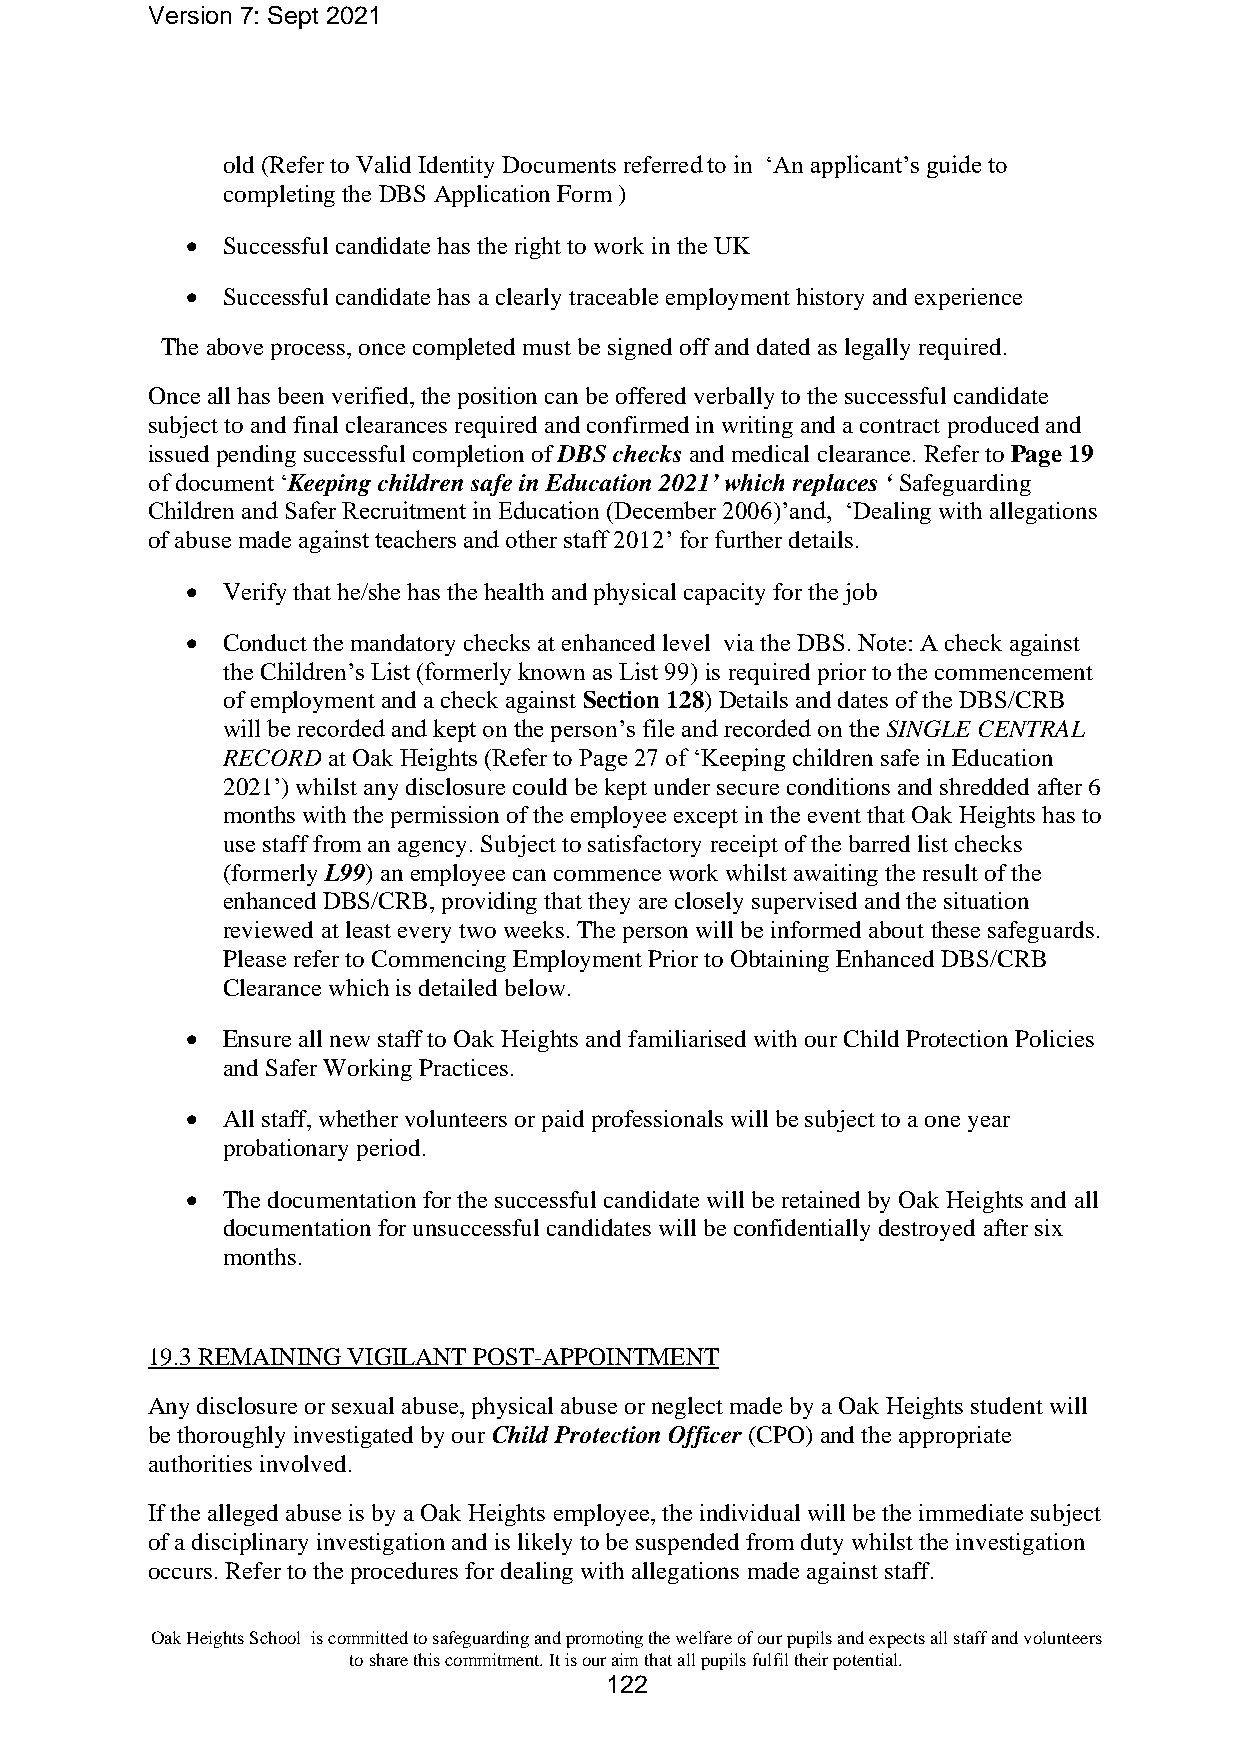
Version 7: Sept 2021
 old (Refer to Valid Identity Documents referred to in ‘An applicant’s guide to
 completing the DBS Application Form )
 •  Successful candidate has the right to work in the UK
 •  Successful candidate has a clearly traceable employment history and experience
 The above process, once completed must be signed off and dated as legally required.
 Once all has been verified, the position can be offered verbally to the successful candidate
 subject to and final clearances required and confirmed in writing and a contract produced and
 issued pending successful completion of DBS checks and medical clearance. Refer to Page 19
 of document ‘Keeping children safe in Education 2021’ which replaces ‘ Safeguarding
 Children and Safer Recruitment in Education (December 2006)’and, ‘Dealing with allegations
 of abuse made against teachers and other staff 2012’ for further details.
 •  Verify that he/she has the health and physical capacity for the job
 •  Conduct the mandatory checks at enhanced level via the DBS. Note: A check against
 the Children’s List (formerly known as List 99) is required prior to the commencement
 of employment and a check against Section 128) Details and dates of the DBS/CRB
 will be recorded and kept on the person’s file and recorded on the SINGLE CENTRAL
 RECORD at Oak Heights (Refer to Page 27 of ‘Keeping children safe in Education
 2021’) whilst any disclosure could be kept under secure conditions and shredded after 6
 months with the permission of the employee except in the event that Oak Heights has to
 use staff from an agency. Subject to satisfactory receipt of the barred list checks
 (formerly L99) an employee can commence work whilst awaiting the result of the
 enhanced DBS/CRB, providing that they are closely supervised and the situation
 reviewed at least every two weeks. The person will be informed about these safeguards.
 Please refer to Commencing Employment Prior to Obtaining Enhanced DBS/CRB
 Clearance which is detailed below.
 •  Ensure all new staff to Oak Heights and familiarised with our Child Protection Policies
 and Safer Working Practices.
 •  All staff, whether volunteers or paid professionals will be subject to a one year
 probationary period.
 •  The documentation for the successful candidate will be retained by Oak Heights and all
 documentation for unsuccessful candidates will be confidentially destroyed after six
 months.
 19.3 REMAINING VIGILANT POST-APPOINTMENT
 Any disclosure or sexual abuse, physical abuse or neglect made by a Oak Heights student will
 be thoroughly investigated by our Child Protection Officer (CPO) and the appropriate
 authorities involved.
 If the alleged abuse is by a Oak Heights employee, the individual will be the immediate subject
 of a disciplinary investigation and is likely to be suspended from duty whilst the investigation
 occurs. Refer to the procedures for dealing with allegations made against staff.
 Oak Heights School is committed to safeguarding and promoting the welfare of our pupils and expects all staff and volunteers
 to share this commitment. It is our aim that all pupils fulfil their potential.
 122